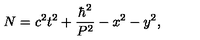
N = c ^ { 2 } t ^ { 2 } + \frac { \hbar ^ { 2 } } { P ^ { 2 } } - x ^ { 2 } - y ^ { 2 } ,